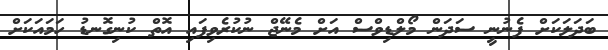
ބަދަލަކަށް ފެނުނީ ސަދަން މޯލްޑިވްސް އަށް މެނޭޖް ނުކުރެވިފައި އޮތް ކުނިގޮނޑު ހަމައަކަށް